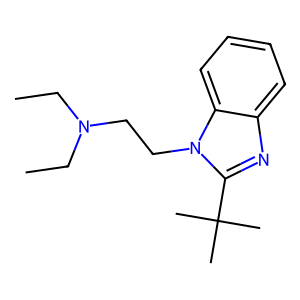
SMILES: CCN(CC)CCn1c(C(C)(C)C)nc2ccccc21
Inhibits HIV replication: No